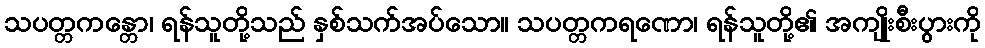
သပတ္တကန္တော၊ ရန်သူတို့သည် နှစ်သက်အပ်သော။ သပတ္တကရဏော၊ ရန်သူတို့၏ အကျိုးစီးပွားကို